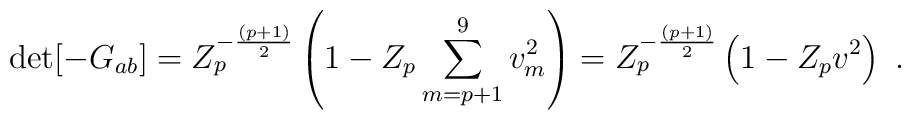
\det[-G_{ab}]=Z_p^{-{(p+1)\over2}}\left(1-Z_p\sum_{m=p+1}^9 v_m^2\right)=Z_p^{-{(p+1)\over2}}\left(1-Z_pv^2\right)\ .